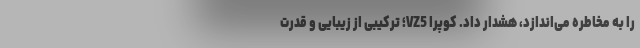
را به مخاطره می‌اندازد، هشدار داد. کوپرا VZ5؛ ترکیبی از زیبایی و قدرت